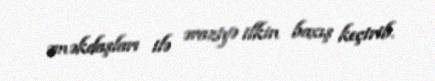
əməkdaşları ilə əraziyə ilkin baxış keçirib.